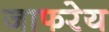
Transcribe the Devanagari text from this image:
जाफरेय